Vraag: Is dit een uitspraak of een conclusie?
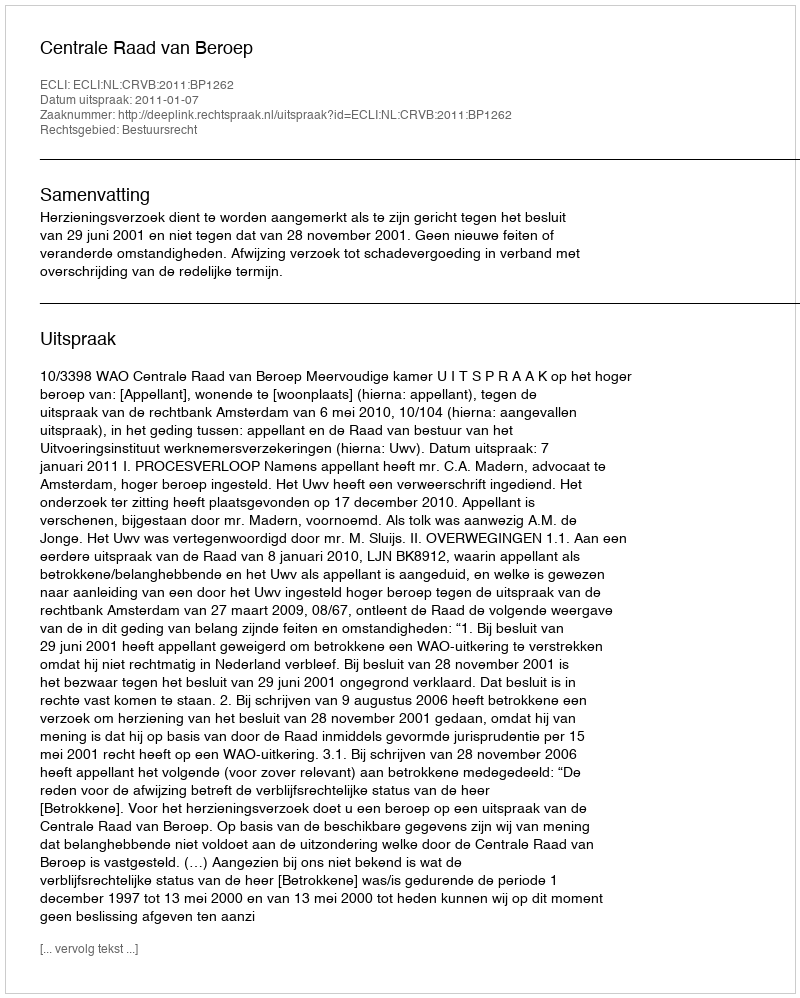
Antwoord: Uitspraak